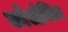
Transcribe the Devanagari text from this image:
क्वेलोसिम